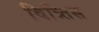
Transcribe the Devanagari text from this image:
वित्र्तिस